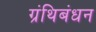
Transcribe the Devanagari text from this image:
ग्रंथिबंधन